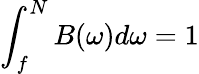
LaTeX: \int_{f}^{N}B(\omega)d\omega=1